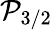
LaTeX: \mathcal{P}_{3/2}